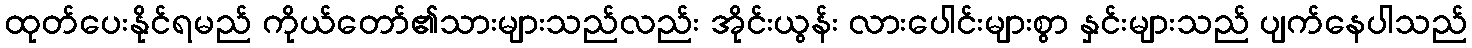
ထုတ်ပေးနိုင်ရမည် ကိုယ်တော်၏သားများသည်လည်း အိုင်းယွန်း လားပေါင်းများစွာ နှင်းများသည် ပျက်နေပါသည်